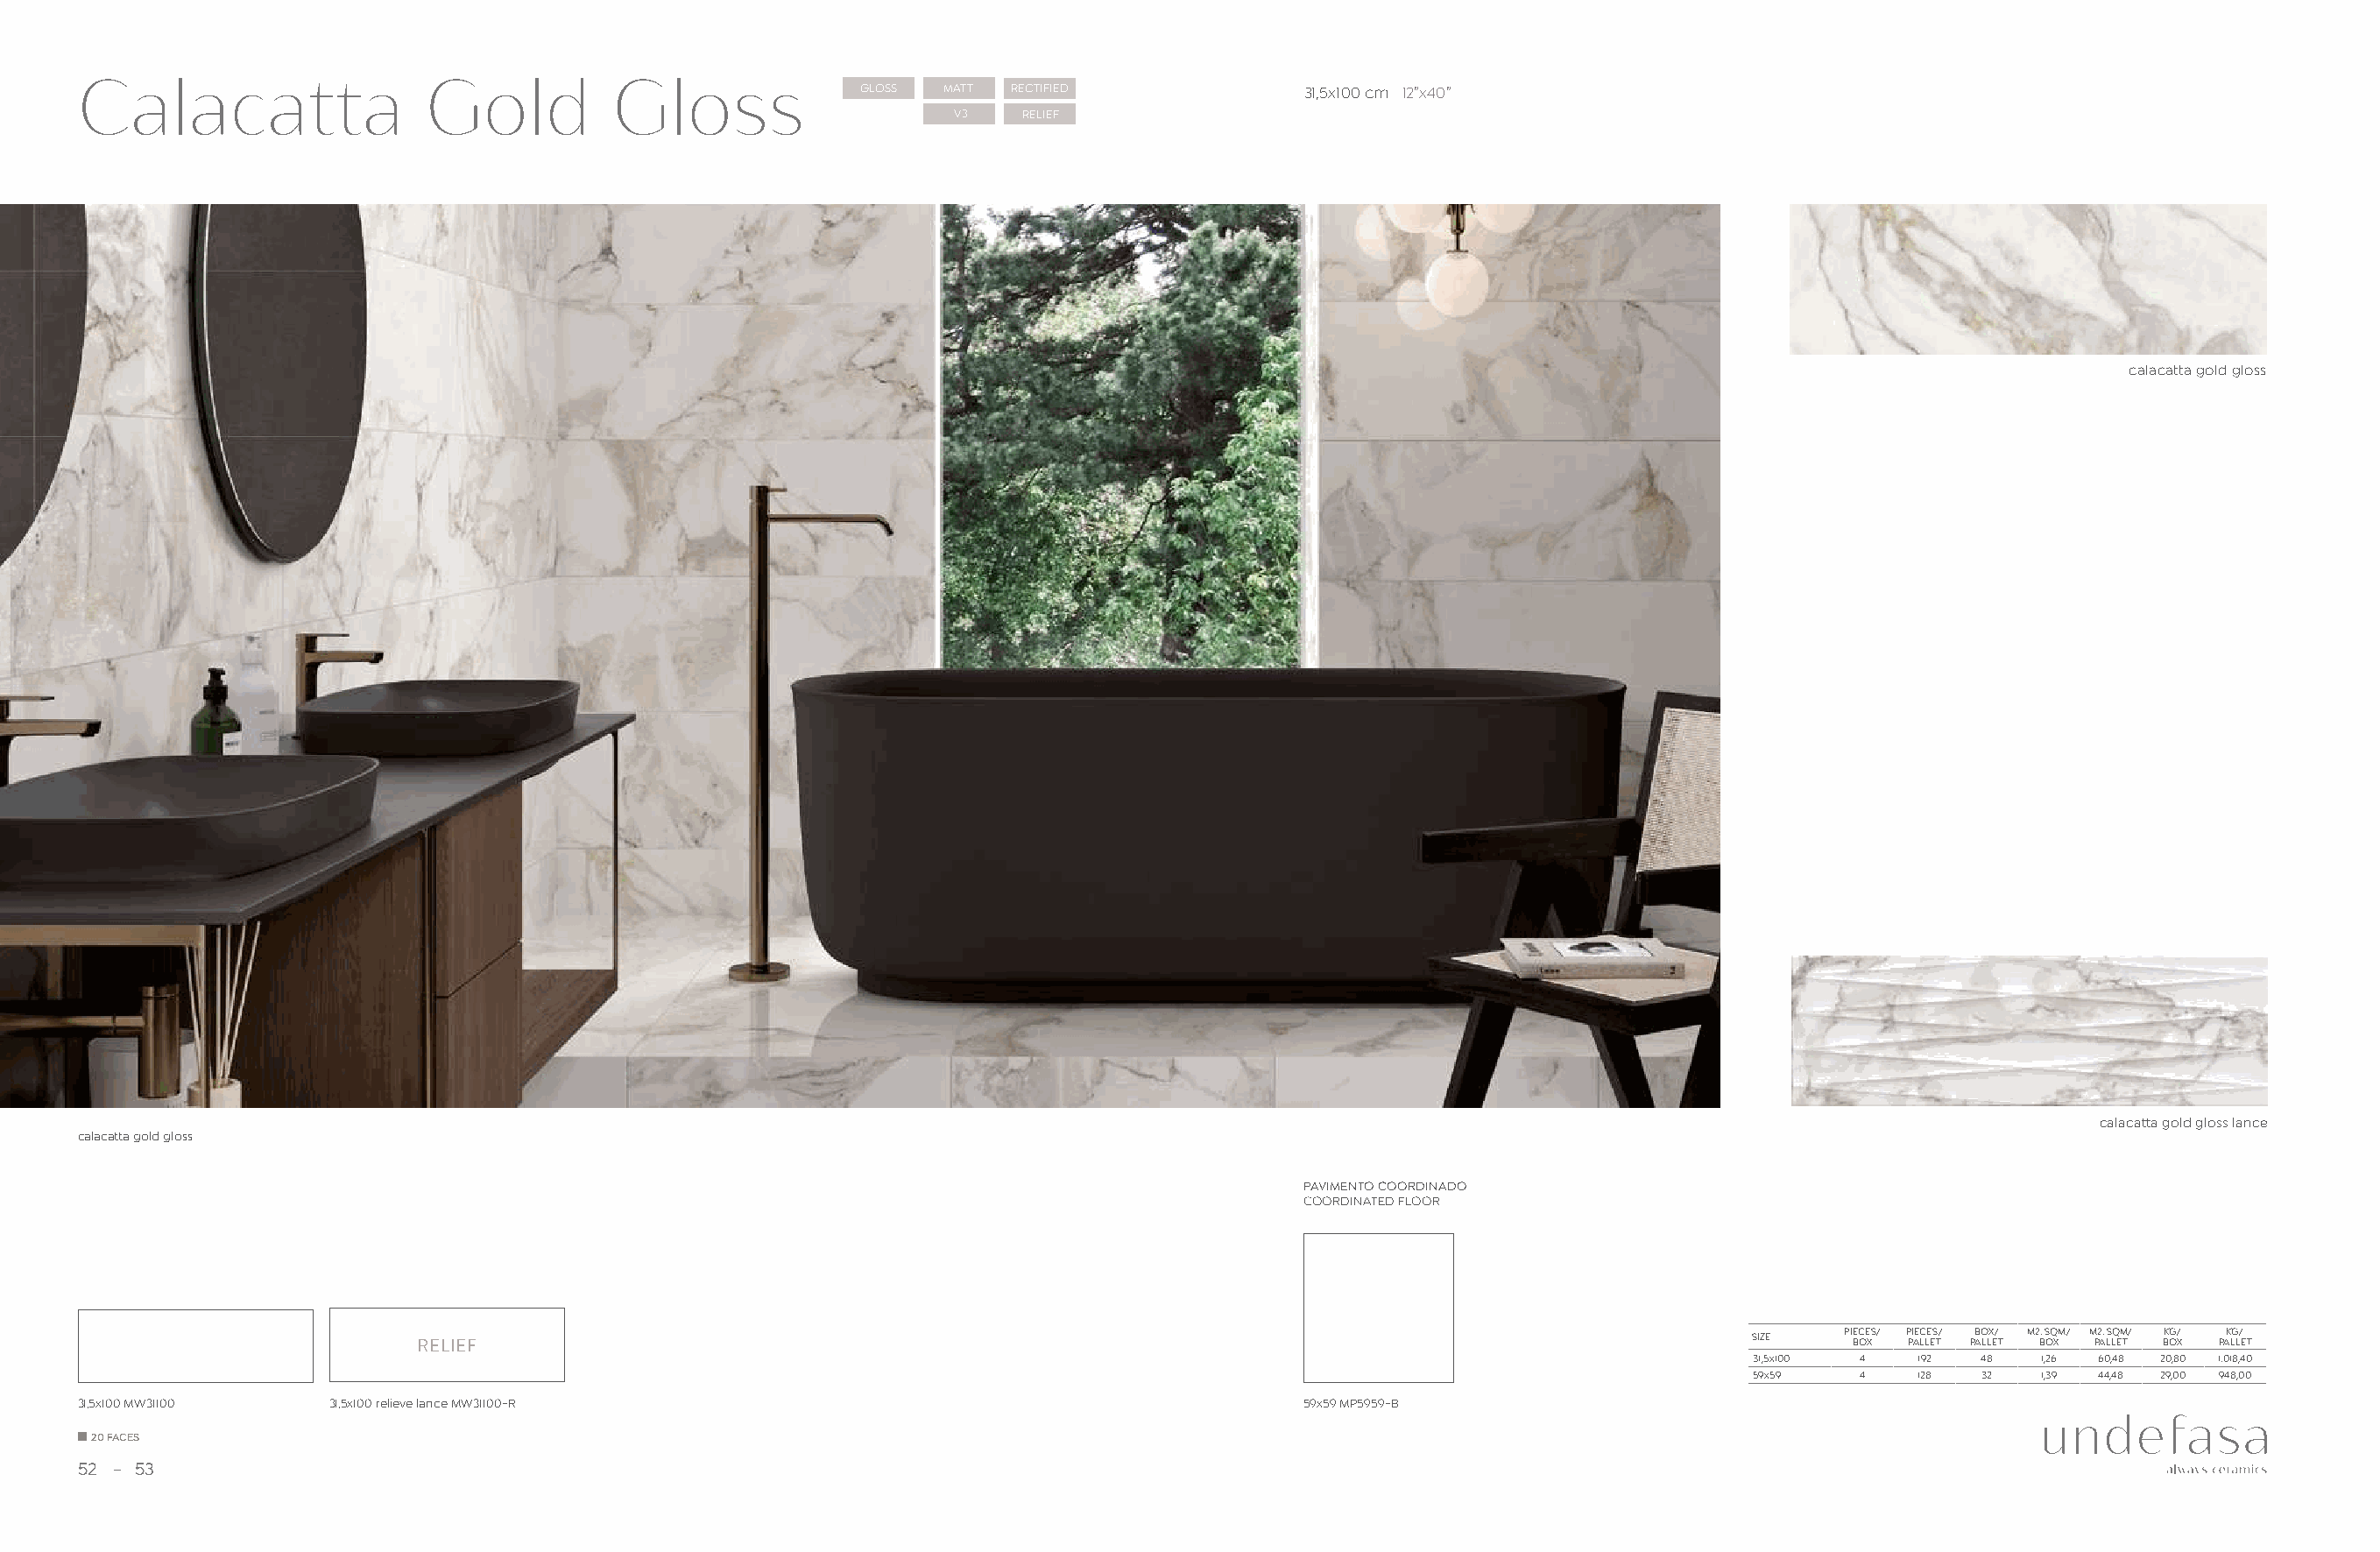
Calacatta                 Gold          Gloss              GLOSS MATT RECTIFIED              31,5x100 cm 12”x40”
 V3   RELIEF
 calacatta gold gloss
 calacatta gold gloss lance
 calacatta gold gloss
 PAVIMENTO COORDINADO
 COORDINATED FLOOR
 PIECES/ PIECES/ BOX/ M2. SQM/ M2. SQM/ KG/ KG/
 RELIEF                                                                                              SIZE    BOX PALLET PALLET BOX PALLET BOX PALLET
 31,5x100 4   192  48  1,26 60,48 20,80 1.018,40
 59x59    4   128  32  1,39 44,48 29,00 948,00
 31,5x100 MW31100   31,5x100 relieve lance MW31100-R                                          59x59 MP5959-B
 20 FACES
 52  53